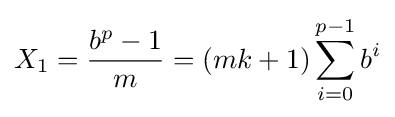
X_{1}={\frac {b^{p}-1}{m}}=(mk+1)\sum _{i=0}^{p-1}b^{i}